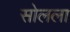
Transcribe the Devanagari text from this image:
सोलला